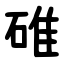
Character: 碓